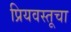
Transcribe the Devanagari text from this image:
प्रियवस्तूचा